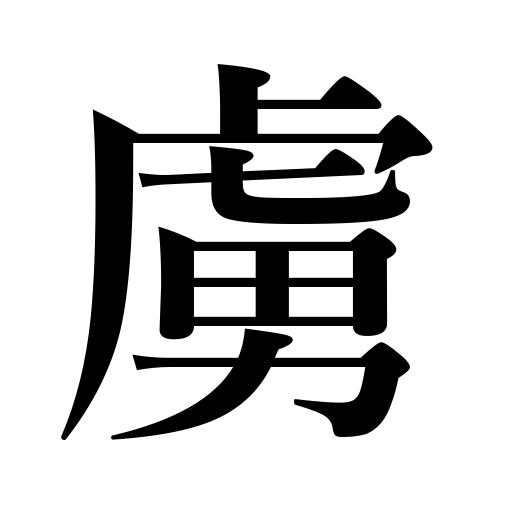
Meanings: low epithet for the enemy,barbarian,captive